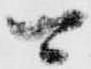
可